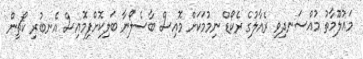
މައުލޫމާތު މުއްސަނދިވި ރެއާލުގެ ރެކޯޑް ނިމުމަކަށް މޮއިސް ބާސެލޯނާ ބަލިކޮށްފިމޮއިސް އެނބުރި ކޯޗިން